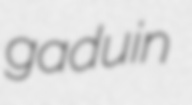
gaduin